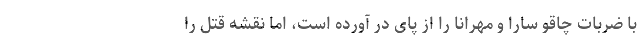
با ضربات چاقو سارا و مهرانا را از پای در آورده است، اما نقشه قتل را